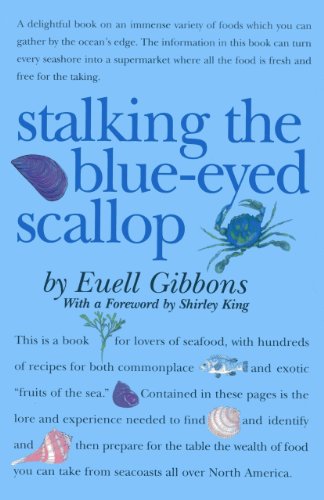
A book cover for Stalking The Blue-Eyed Scallop (19640101); Euell Gibbons; Cookbooks, Food & Wine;